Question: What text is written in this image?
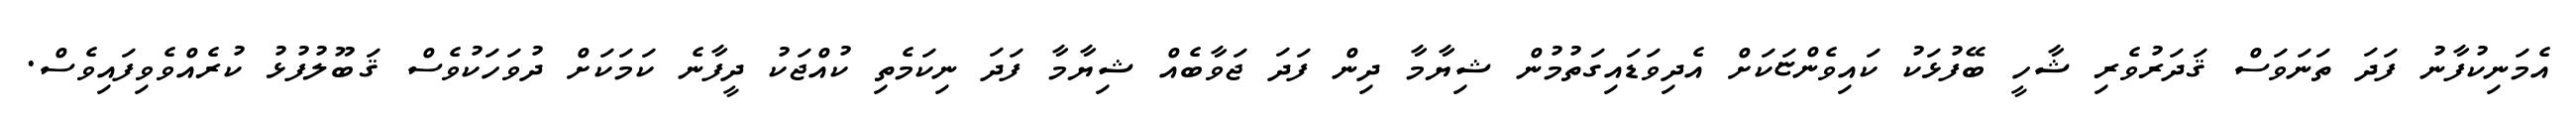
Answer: އެމަނިކުފާނު ފަދަ ތަނަވަސް ޤަދަރުވެރި ޝާހީ ބޭފުޅަކު ކައިވެންޏަކަށް އެދިވަޑައިގަތުމުން ޝިޔާމާ ދިން ފަދަ ޖަވާބެއް ޝިޔާމާ ފަދަ ނިކަމެތި ކުއްޖަކު ދީފާނެ ކަމަކަށް ދުވަހަކުވެސް ޤަބޫލުފުޅު ކުރެއްވެވިފައިވެސް.